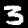
Digit: 3